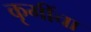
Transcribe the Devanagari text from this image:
कृमींचा